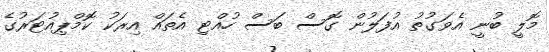
މޮލީ ބުނީ އެވަގުތު އުފަލުން ގޮސް ބަސް ހުއްޓި އެތައް އިރަކު ކޮމްޕިއުޓަރުގެ